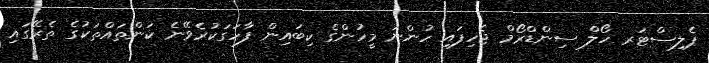
ޕެލިސްޓަރ ހޯލް ސިންޑްރޯމް ޖެހިފައި ހުންނަ މީހުންގެ ކިބައިން ފާހަގަކުރެވޭނެ ކަންތައްތަކުގެ ތެރޭގައި